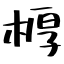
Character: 𣖔